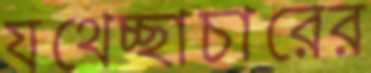
যথেচ্ছাচারের